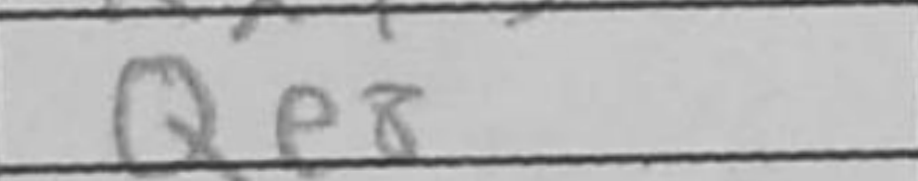
Transcription: Qe8